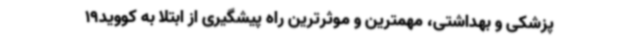
پزشکی و بهداشتی، مهمترین و موثرترین راه پیشگیری از ابتلا به کووید19